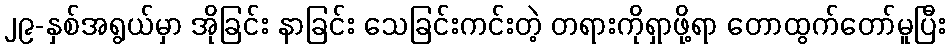
၂၉-နှစ်အရွယ်မှာ အိုခြင်း နာခြင်း သေခြင်းကင်းတဲ့ တရားကိုရှာဖို့ရာ တောထွက်တော်မူပြီး